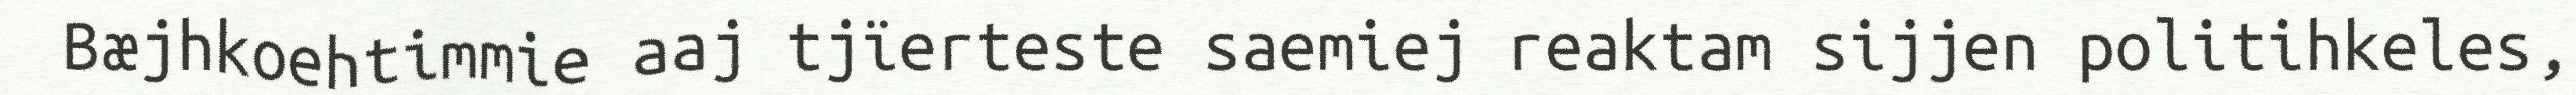
Bæjhkoehtimmie aaj tjïerteste saemiej reaktam sijjen politihkeles,